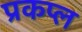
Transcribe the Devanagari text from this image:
प्रकप्ल